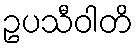
ဥပသီဝါတိ